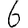
Digit: 6